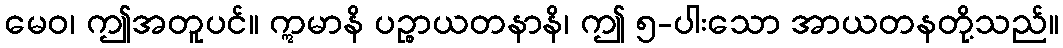
မေဝ၊ ဤအတူပင်။ ဣမာနိ ပဉ္စာယတနာနိ၊ ဤ ၅-ပါးသော အာယတနတို့သည်။